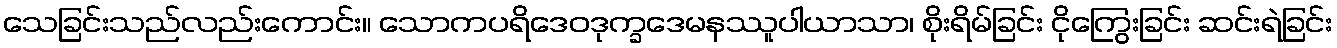
သေခြင်းသည်လည်းကောင်း။ သောကပရိဒေဝဒုက္ခဒေမနဿူပါယာသာ၊ စိုးရိမ်ခြင်း ငိုကြွေးခြင်း ဆင်းရဲခြင်း